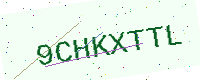
Text: 9CHKXTTL